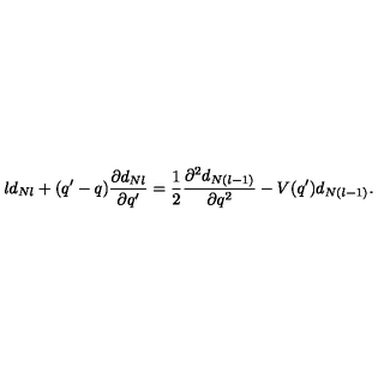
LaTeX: l d _ { N l } + ( q ^ { \prime } - q ) \frac { \partial d _ { N l } } { \partial q ^ { \prime } } = \frac { 1 } { 2 } \frac { \partial ^ { 2 } d _ { N ( l - 1 ) } } { \partial q ^ { 2 } } - V ( q ^ { \prime } ) d _ { N ( l - 1 ) } .